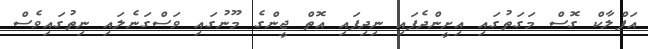
އަފްލާކް ގޮސް މަގަތުގައި އިށީންދެފައި ނިދިފައި އޮތް ޖީންގެ މޫނުގައި ވަސްގަނެލައި ނިތުގައިވެސް